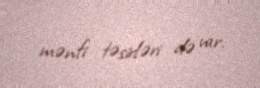
mənfi təsirləri də var.